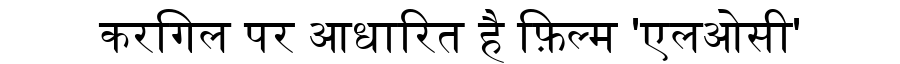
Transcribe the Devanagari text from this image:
करगिल पर आधारित है फ़िल्म 'एलओसी'